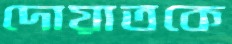
দোয়াতকে